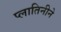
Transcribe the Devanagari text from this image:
प्लातिनीने